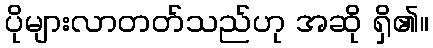
ပိုများလာတတ်သည်ဟု အဆို ရှိ၏။